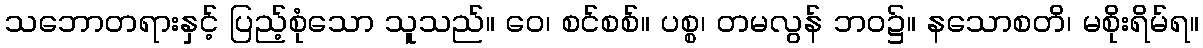
သဘောတရားနှင့် ပြည့်စုံသော သူသည်။ ဝေ၊ စင်စစ်။ ပစ္စ၊ တမလွန် ဘဝ၌။ နသောစတိ၊ မစိုးရိမ်ရ။